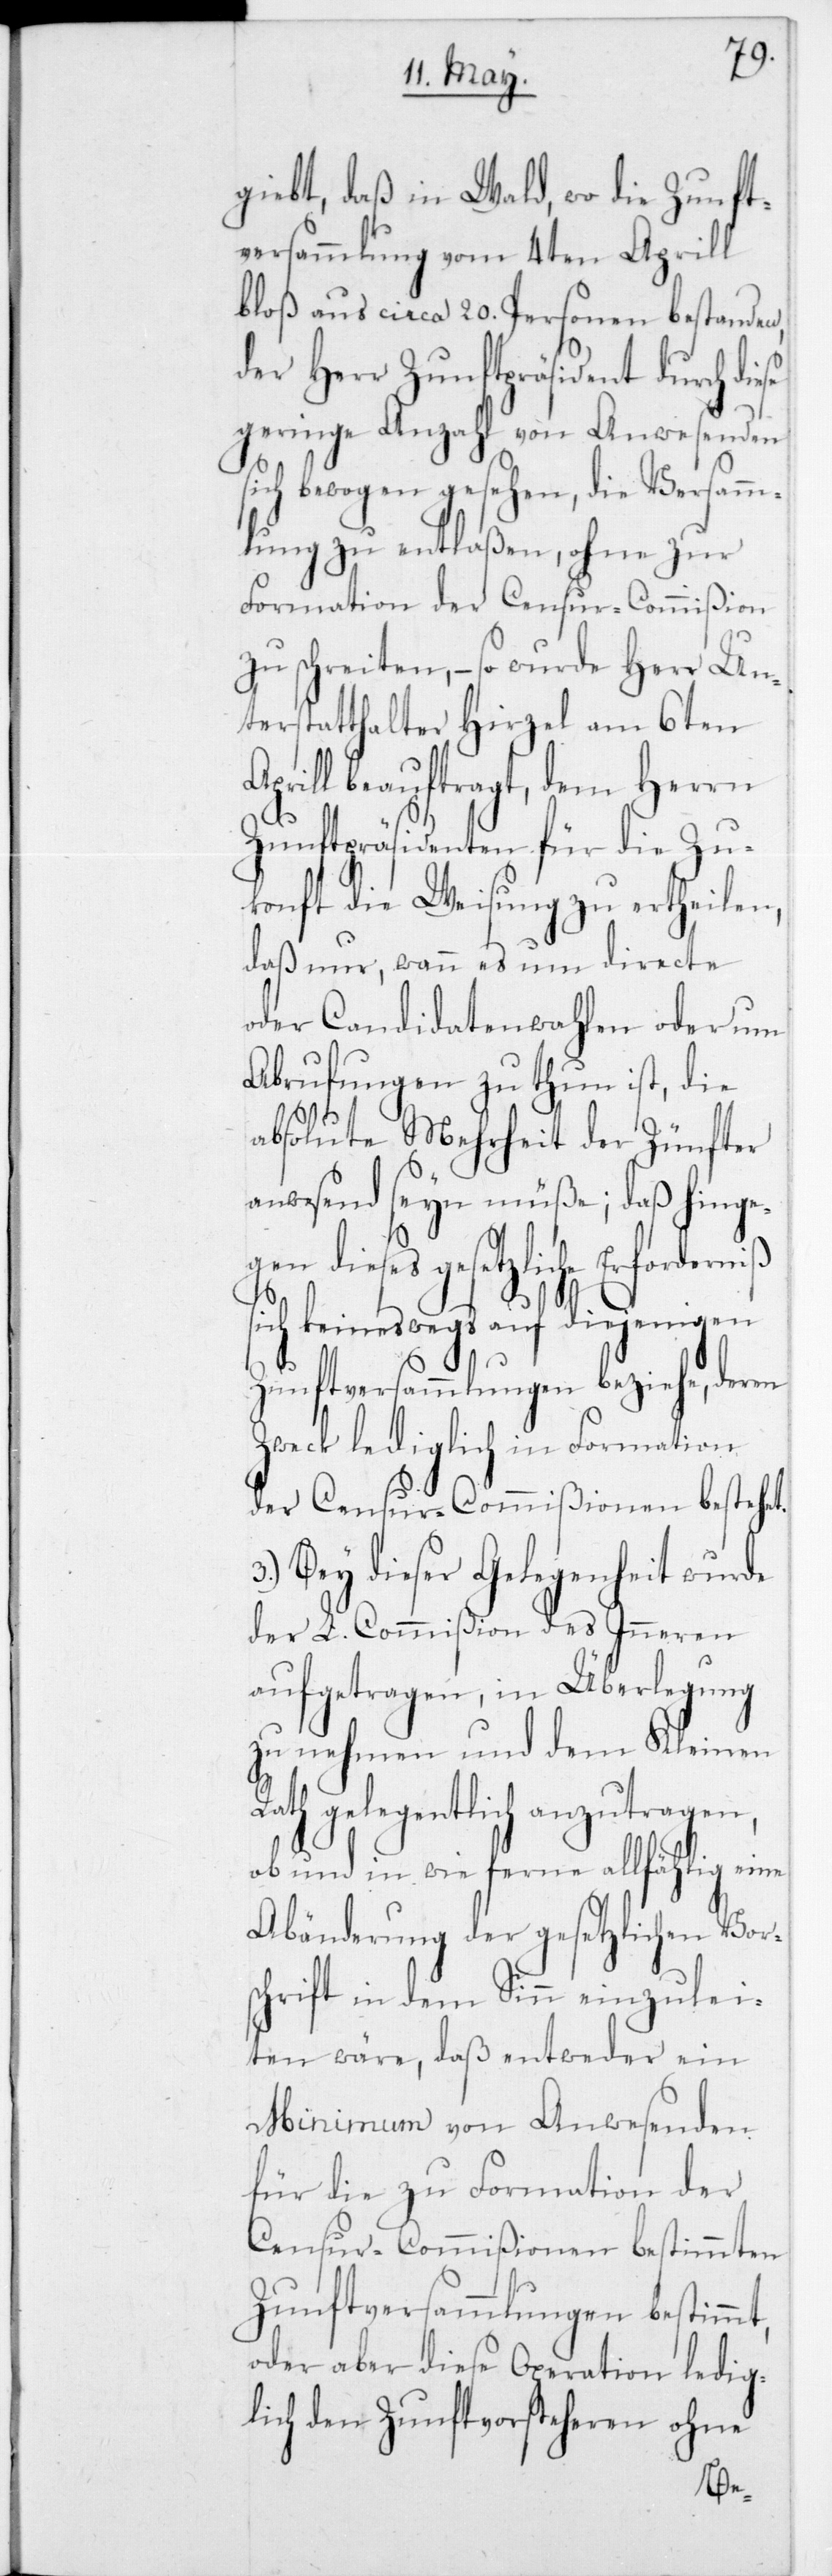
3.)
giebt, daß in Wald, wo die Zunft¬
versammlung vom 4ten Aprill
bloß aus circa 20 Personen bestanden,
der Herr Zunftpräsident durch di¬
geringe Anzahl von Anwesenden
sich bewogen gesehen, die Versamm¬
lung zu entlaßen, ohne zur
Formation der Censur-Commißion
zu schreiten, – so wurde Herr Un¬
terstatthalter Hirzel am 6ten
Aprill beauftragt, dem Herrn
Zunftpräsidenten für die Zu¬
konft die Weisung zu ertheile¬
daß nur, wann es um directe
oder Candidatenwahlen oder um
Abrufungen zu thun ist, die
absolute Mehrheit der Zünfter
anwesend seyn müße; daß hinge¬
gen dieses gesetzliche
sich keineswegs auf diejenigen
Zunftversammlungen beziehe, deren
Zweck lediglich in Formation
der Censur-Commißionen besteht.
Bey dieser Gelegenheit wurde
der L. Commißion des Inneren
aufgetragen, in Überlegung
zu nehmen und dem Kleinen
Rath gelegentlich anzutragen,
ob und in wie ferne allfählig eine
Abänderung der gesetzlichen Vor¬
schrift in dem Sinn einzulei¬
ten wäre, daß entweder ein
Minimum von Anwesenden
für die zu Formation der
Censur-Commißionen bestimmten
Zunftversammlungen bestimmt,
oder aber diese Operation ledig¬
lich den Zunftvorsteheren ohne